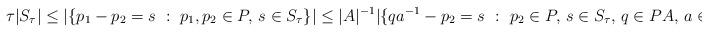
LaTeX: \begin{align*}\tau |S_\tau| \le |\{ p_1-p_2 = s ~:~ p_1,p_2\in P,\, s\in S_\tau \}| \le |A|^{-1} |\{ qa^{-1}-p_2 = s ~:~ p_2 \in P,\, s\in S_\tau,\, q\in PA,\, a\in A \}|\end{align*}